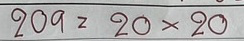
209 = 20x20